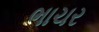
ભાચર